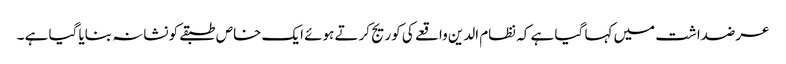
عرضداشت میں کہا گیا ہے کہ نظام الدین واقعے کی کوریج کرتے ہوئے ایک خاص طبقےکو نشانہ بنایا گیا ہے ۔